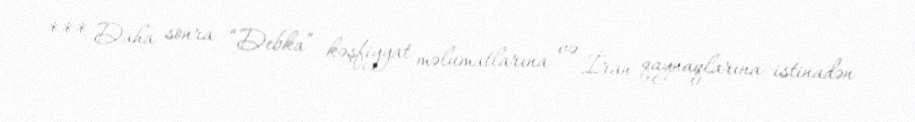
*** Daha sonra “Debka” kəşfiyyat məlumatlarına və İran qaynaqlarına istinadən